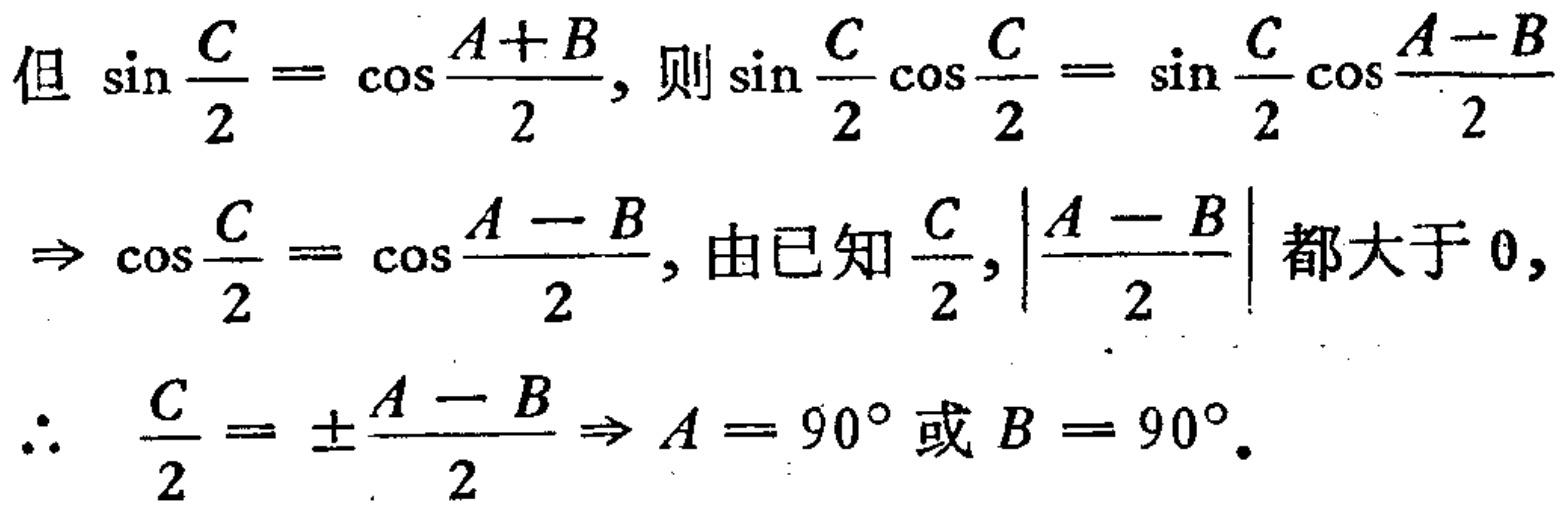
但 \(\sin \frac{C}{2}= \cos \frac{A + B}{2}\), 则 \(\sin \frac{C}{2}\cos \frac{C}{2}= \sin \frac{C}{2}\cos \frac{A - B}{2}\)
\(\Rightarrow \cos \frac{C}{2}= \cos \frac{A - B}{2}\), 由已知 \(\frac{C}{2},\left|\frac{A - B}{2}\right|\) 都大于 \(0\),
\(\therefore\) \(\frac{C}{2}= \pm\frac{A - B}{2}\Rightarrow A = 90^{\circ}\) 或 \(B = 90^{\circ}\).